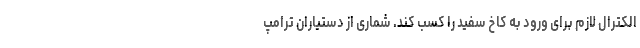
الکترال لازم برای ورود به کاخ سفید را کسب کند. شماری از دستیاران ترامپ